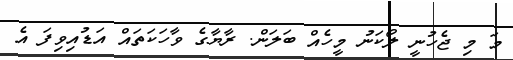
މަ މި ޖެހުނީ ލޯކަނު މީހެއް ބަލަން. ރާޔާގެ ވާހަކަތައް އަޑުއިވިފަ އެ